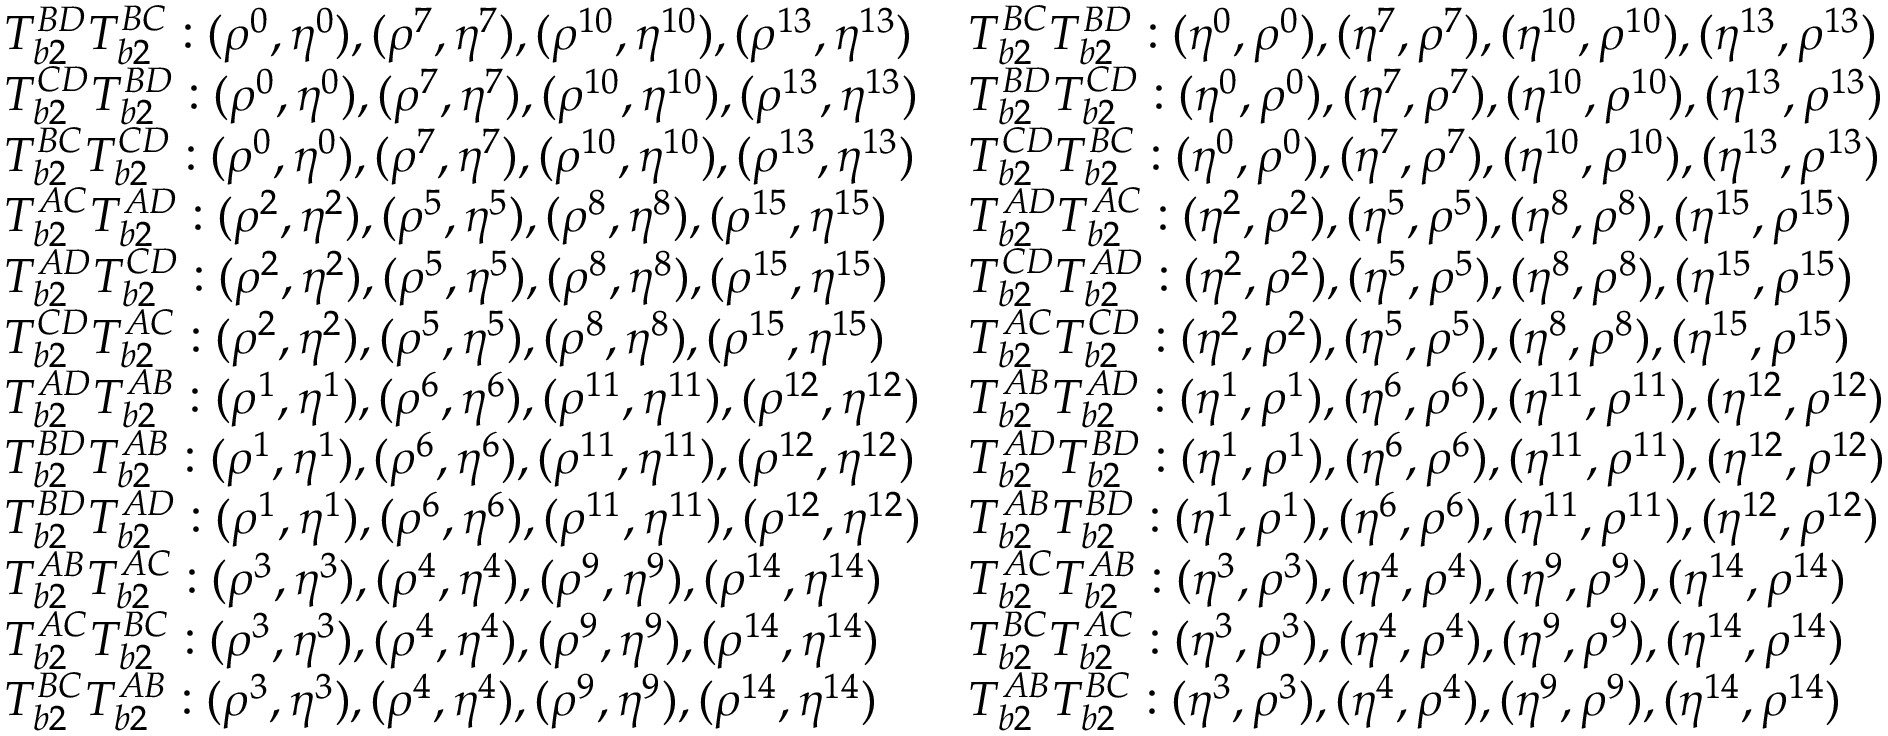
\begin{array} { l l } { T _ { b 2 } ^ { B D } T _ { b 2 } ^ { B C } : ( \rho ^ { 0 } , \eta ^ { 0 } ) , ( \rho ^ { 7 } , \eta ^ { 7 } ) , ( \rho ^ { 1 0 } , \eta ^ { 1 0 } ) , ( \rho ^ { 1 3 } , \eta ^ { 1 3 } ) } & { T _ { b 2 } ^ { B C } T _ { b 2 } ^ { B D } : ( \eta ^ { 0 } , \rho ^ { 0 } ) , ( \eta ^ { 7 } , \rho ^ { 7 } ) , ( \eta ^ { 1 0 } , \rho ^ { 1 0 } ) , ( \eta ^ { 1 3 } , \rho ^ { 1 3 } ) } \\ { T _ { b 2 } ^ { C D } T _ { b 2 } ^ { B D } : ( \rho ^ { 0 } , \eta ^ { 0 } ) , ( \rho ^ { 7 } , \eta ^ { 7 } ) , ( \rho ^ { 1 0 } , \eta ^ { 1 0 } ) , ( \rho ^ { 1 3 } , \eta ^ { 1 3 } ) } & { T _ { b 2 } ^ { B D } T _ { b 2 } ^ { C D } : ( \eta ^ { 0 } , \rho ^ { 0 } ) , ( \eta ^ { 7 } , \rho ^ { 7 } ) , ( \eta ^ { 1 0 } , \rho ^ { 1 0 } ) , ( \eta ^ { 1 3 } , \rho ^ { 1 3 } ) } \\ { T _ { b 2 } ^ { B C } T _ { b 2 } ^ { C D } : ( \rho ^ { 0 } , \eta ^ { 0 } ) , ( \rho ^ { 7 } , \eta ^ { 7 } ) , ( \rho ^ { 1 0 } , \eta ^ { 1 0 } ) , ( \rho ^ { 1 3 } , \eta ^ { 1 3 } ) } & { T _ { b 2 } ^ { C D } T _ { b 2 } ^ { B C } : ( \eta ^ { 0 } , \rho ^ { 0 } ) , ( \eta ^ { 7 } , \rho ^ { 7 } ) , ( \eta ^ { 1 0 } , \rho ^ { 1 0 } ) , ( \eta ^ { 1 3 } , \rho ^ { 1 3 } ) } \\ { T _ { b 2 } ^ { A C } T _ { b 2 } ^ { A D } : ( \rho ^ { 2 } , \eta ^ { 2 } ) , ( \rho ^ { 5 } , \eta ^ { 5 } ) , ( \rho ^ { 8 } , \eta ^ { 8 } ) , ( \rho ^ { 1 5 } , \eta ^ { 1 5 } ) } & { T _ { b 2 } ^ { A D } T _ { b 2 } ^ { A C } : ( \eta ^ { 2 } , \rho ^ { 2 } ) , ( \eta ^ { 5 } , \rho ^ { 5 } ) , ( \eta ^ { 8 } , \rho ^ { 8 } ) , ( \eta ^ { 1 5 } , \rho ^ { 1 5 } ) } \\ { T _ { b 2 } ^ { A D } T _ { b 2 } ^ { C D } : ( \rho ^ { 2 } , \eta ^ { 2 } ) , ( \rho ^ { 5 } , \eta ^ { 5 } ) , ( \rho ^ { 8 } , \eta ^ { 8 } ) , ( \rho ^ { 1 5 } , \eta ^ { 1 5 } ) } & { T _ { b 2 } ^ { C D } T _ { b 2 } ^ { A D } : ( \eta ^ { 2 } , \rho ^ { 2 } ) , ( \eta ^ { 5 } , \rho ^ { 5 } ) , ( \eta ^ { 8 } , \rho ^ { 8 } ) , ( \eta ^ { 1 5 } , \rho ^ { 1 5 } ) } \\ { T _ { b 2 } ^ { C D } T _ { b 2 } ^ { A C } : ( \rho ^ { 2 } , \eta ^ { 2 } ) , ( \rho ^ { 5 } , \eta ^ { 5 } ) , ( \rho ^ { 8 } , \eta ^ { 8 } ) , ( \rho ^ { 1 5 } , \eta ^ { 1 5 } ) } & { T _ { b 2 } ^ { A C } T _ { b 2 } ^ { C D } : ( \eta ^ { 2 } , \rho ^ { 2 } ) , ( \eta ^ { 5 } , \rho ^ { 5 } ) , ( \eta ^ { 8 } , \rho ^ { 8 } ) , ( \eta ^ { 1 5 } , \rho ^ { 1 5 } ) } \\ { T _ { b 2 } ^ { A D } T _ { b 2 } ^ { A B } : ( \rho ^ { 1 } , \eta ^ { 1 } ) , ( \rho ^ { 6 } , \eta ^ { 6 } ) , ( \rho ^ { 1 1 } , \eta ^ { 1 1 } ) , ( \rho ^ { 1 2 } , \eta ^ { 1 2 } ) } & { T _ { b 2 } ^ { A B } T _ { b 2 } ^ { A D } : ( \eta ^ { 1 } , \rho ^ { 1 } ) , ( \eta ^ { 6 } , \rho ^ { 6 } ) , ( \eta ^ { 1 1 } , \rho ^ { 1 1 } ) , ( \eta ^ { 1 2 } , \rho ^ { 1 2 } ) } \\ { T _ { b 2 } ^ { B D } T _ { b 2 } ^ { A B } : ( \rho ^ { 1 } , \eta ^ { 1 } ) , ( \rho ^ { 6 } , \eta ^ { 6 } ) , ( \rho ^ { 1 1 } , \eta ^ { 1 1 } ) , ( \rho ^ { 1 2 } , \eta ^ { 1 2 } ) } & { T _ { b 2 } ^ { A D } T _ { b 2 } ^ { B D } : ( \eta ^ { 1 } , \rho ^ { 1 } ) , ( \eta ^ { 6 } , \rho ^ { 6 } ) , ( \eta ^ { 1 1 } , \rho ^ { 1 1 } ) , ( \eta ^ { 1 2 } , \rho ^ { 1 2 } ) } \\ { T _ { b 2 } ^ { B D } T _ { b 2 } ^ { A D } : ( \rho ^ { 1 } , \eta ^ { 1 } ) , ( \rho ^ { 6 } , \eta ^ { 6 } ) , ( \rho ^ { 1 1 } , \eta ^ { 1 1 } ) , ( \rho ^ { 1 2 } , \eta ^ { 1 2 } ) } & { T _ { b 2 } ^ { A B } T _ { b 2 } ^ { B D } : ( \eta ^ { 1 } , \rho ^ { 1 } ) , ( \eta ^ { 6 } , \rho ^ { 6 } ) , ( \eta ^ { 1 1 } , \rho ^ { 1 1 } ) , ( \eta ^ { 1 2 } , \rho ^ { 1 2 } ) } \\ { T _ { b 2 } ^ { A B } T _ { b 2 } ^ { A C } : ( \rho ^ { 3 } , \eta ^ { 3 } ) , ( \rho ^ { 4 } , \eta ^ { 4 } ) , ( \rho ^ { 9 } , \eta ^ { 9 } ) , ( \rho ^ { 1 4 } , \eta ^ { 1 4 } ) } & { T _ { b 2 } ^ { A C } T _ { b 2 } ^ { A B } : ( \eta ^ { 3 } , \rho ^ { 3 } ) , ( \eta ^ { 4 } , \rho ^ { 4 } ) , ( \eta ^ { 9 } , \rho ^ { 9 } ) , ( \eta ^ { 1 4 } , \rho ^ { 1 4 } ) } \\ { T _ { b 2 } ^ { A C } T _ { b 2 } ^ { B C } : ( \rho ^ { 3 } , \eta ^ { 3 } ) , ( \rho ^ { 4 } , \eta ^ { 4 } ) , ( \rho ^ { 9 } , \eta ^ { 9 } ) , ( \rho ^ { 1 4 } , \eta ^ { 1 4 } ) } & { T _ { b 2 } ^ { B C } T _ { b 2 } ^ { A C } : ( \eta ^ { 3 } , \rho ^ { 3 } ) , ( \eta ^ { 4 } , \rho ^ { 4 } ) , ( \eta ^ { 9 } , \rho ^ { 9 } ) , ( \eta ^ { 1 4 } , \rho ^ { 1 4 } ) } \\ { T _ { b 2 } ^ { B C } T _ { b 2 } ^ { A B } : ( \rho ^ { 3 } , \eta ^ { 3 } ) , ( \rho ^ { 4 } , \eta ^ { 4 } ) , ( \rho ^ { 9 } , \eta ^ { 9 } ) , ( \rho ^ { 1 4 } , \eta ^ { 1 4 } ) } & { T _ { b 2 } ^ { A B } T _ { b 2 } ^ { B C } : ( \eta ^ { 3 } , \rho ^ { 3 } ) , ( \eta ^ { 4 } , \rho ^ { 4 } ) , ( \eta ^ { 9 } , \rho ^ { 9 } ) , ( \eta ^ { 1 4 } , \rho ^ { 1 4 } ) } \end{array}